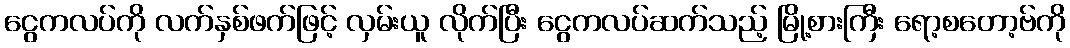
ငွေကလပ်ကို လက်နှစ်ဖက်ဖြင့် လှမ်းယူ လိုက်ပြီး ငွေကလပ်ဆက်သည့် မြို့စားကြီး ရော့စတော့ဗ်ကို